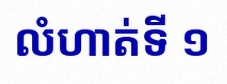
លំហាត់ទី ១